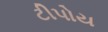
ટીપોય